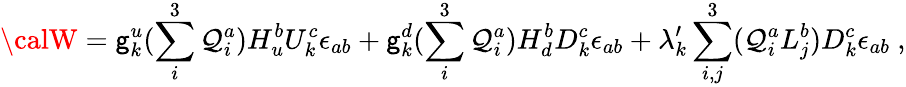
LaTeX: {\calW}=\mathsf{g}_{k}^{u}(\sum_{i}^{3}\mathcal{Q}_{i}^{a})H_{u}^{b}U_{k}^{c}\epsilon_{ab}+\mathsf{g}_{k}^{d}(\sum_{i}^{3}\mathcal{Q}_{i}^{a})H_{d}^{b}D_{k}^{c}\epsilon_{ab}+\lambda_{k}^{\prime}\sum_{i,j}^{3}(\mathcal{Q}_{i}^{a}L_{j}^{b})D_{k}^{c}\epsilon_{ab}~,